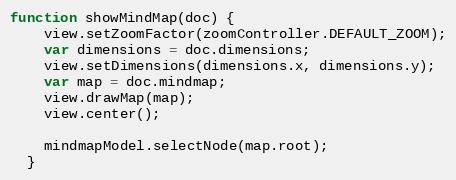
Language: JavaScript
function showMindMap(doc) {
    view.setZoomFactor(zoomController.DEFAULT_ZOOM);
    var dimensions = doc.dimensions;
    view.setDimensions(dimensions.x, dimensions.y);
    var map = doc.mindmap;
    view.drawMap(map);
    view.center();

    mindmapModel.selectNode(map.root);
  }